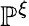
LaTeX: \mathbb{P}^{\xi}